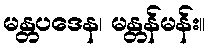
မန္တပဒေန၊ မန္တန်မန်း။